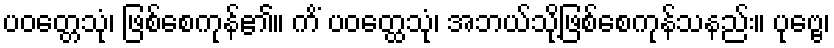
ပဝတ္တေသုံ၊ ဖြစ်စေကုန်၏။ ကိံ ပဝတ္ထေသုံ၊ အဘယ်သို့ဖြစ်စေကုန်သနည်း။ ပုဗ္ဗေ၊